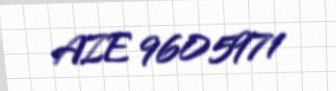
AZE 9605971